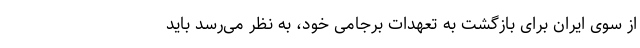
از سوی ایران برای بازگشت به تعهدات برجامی خود، به نظر می‌رسد باید